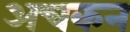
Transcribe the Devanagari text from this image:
अचकन